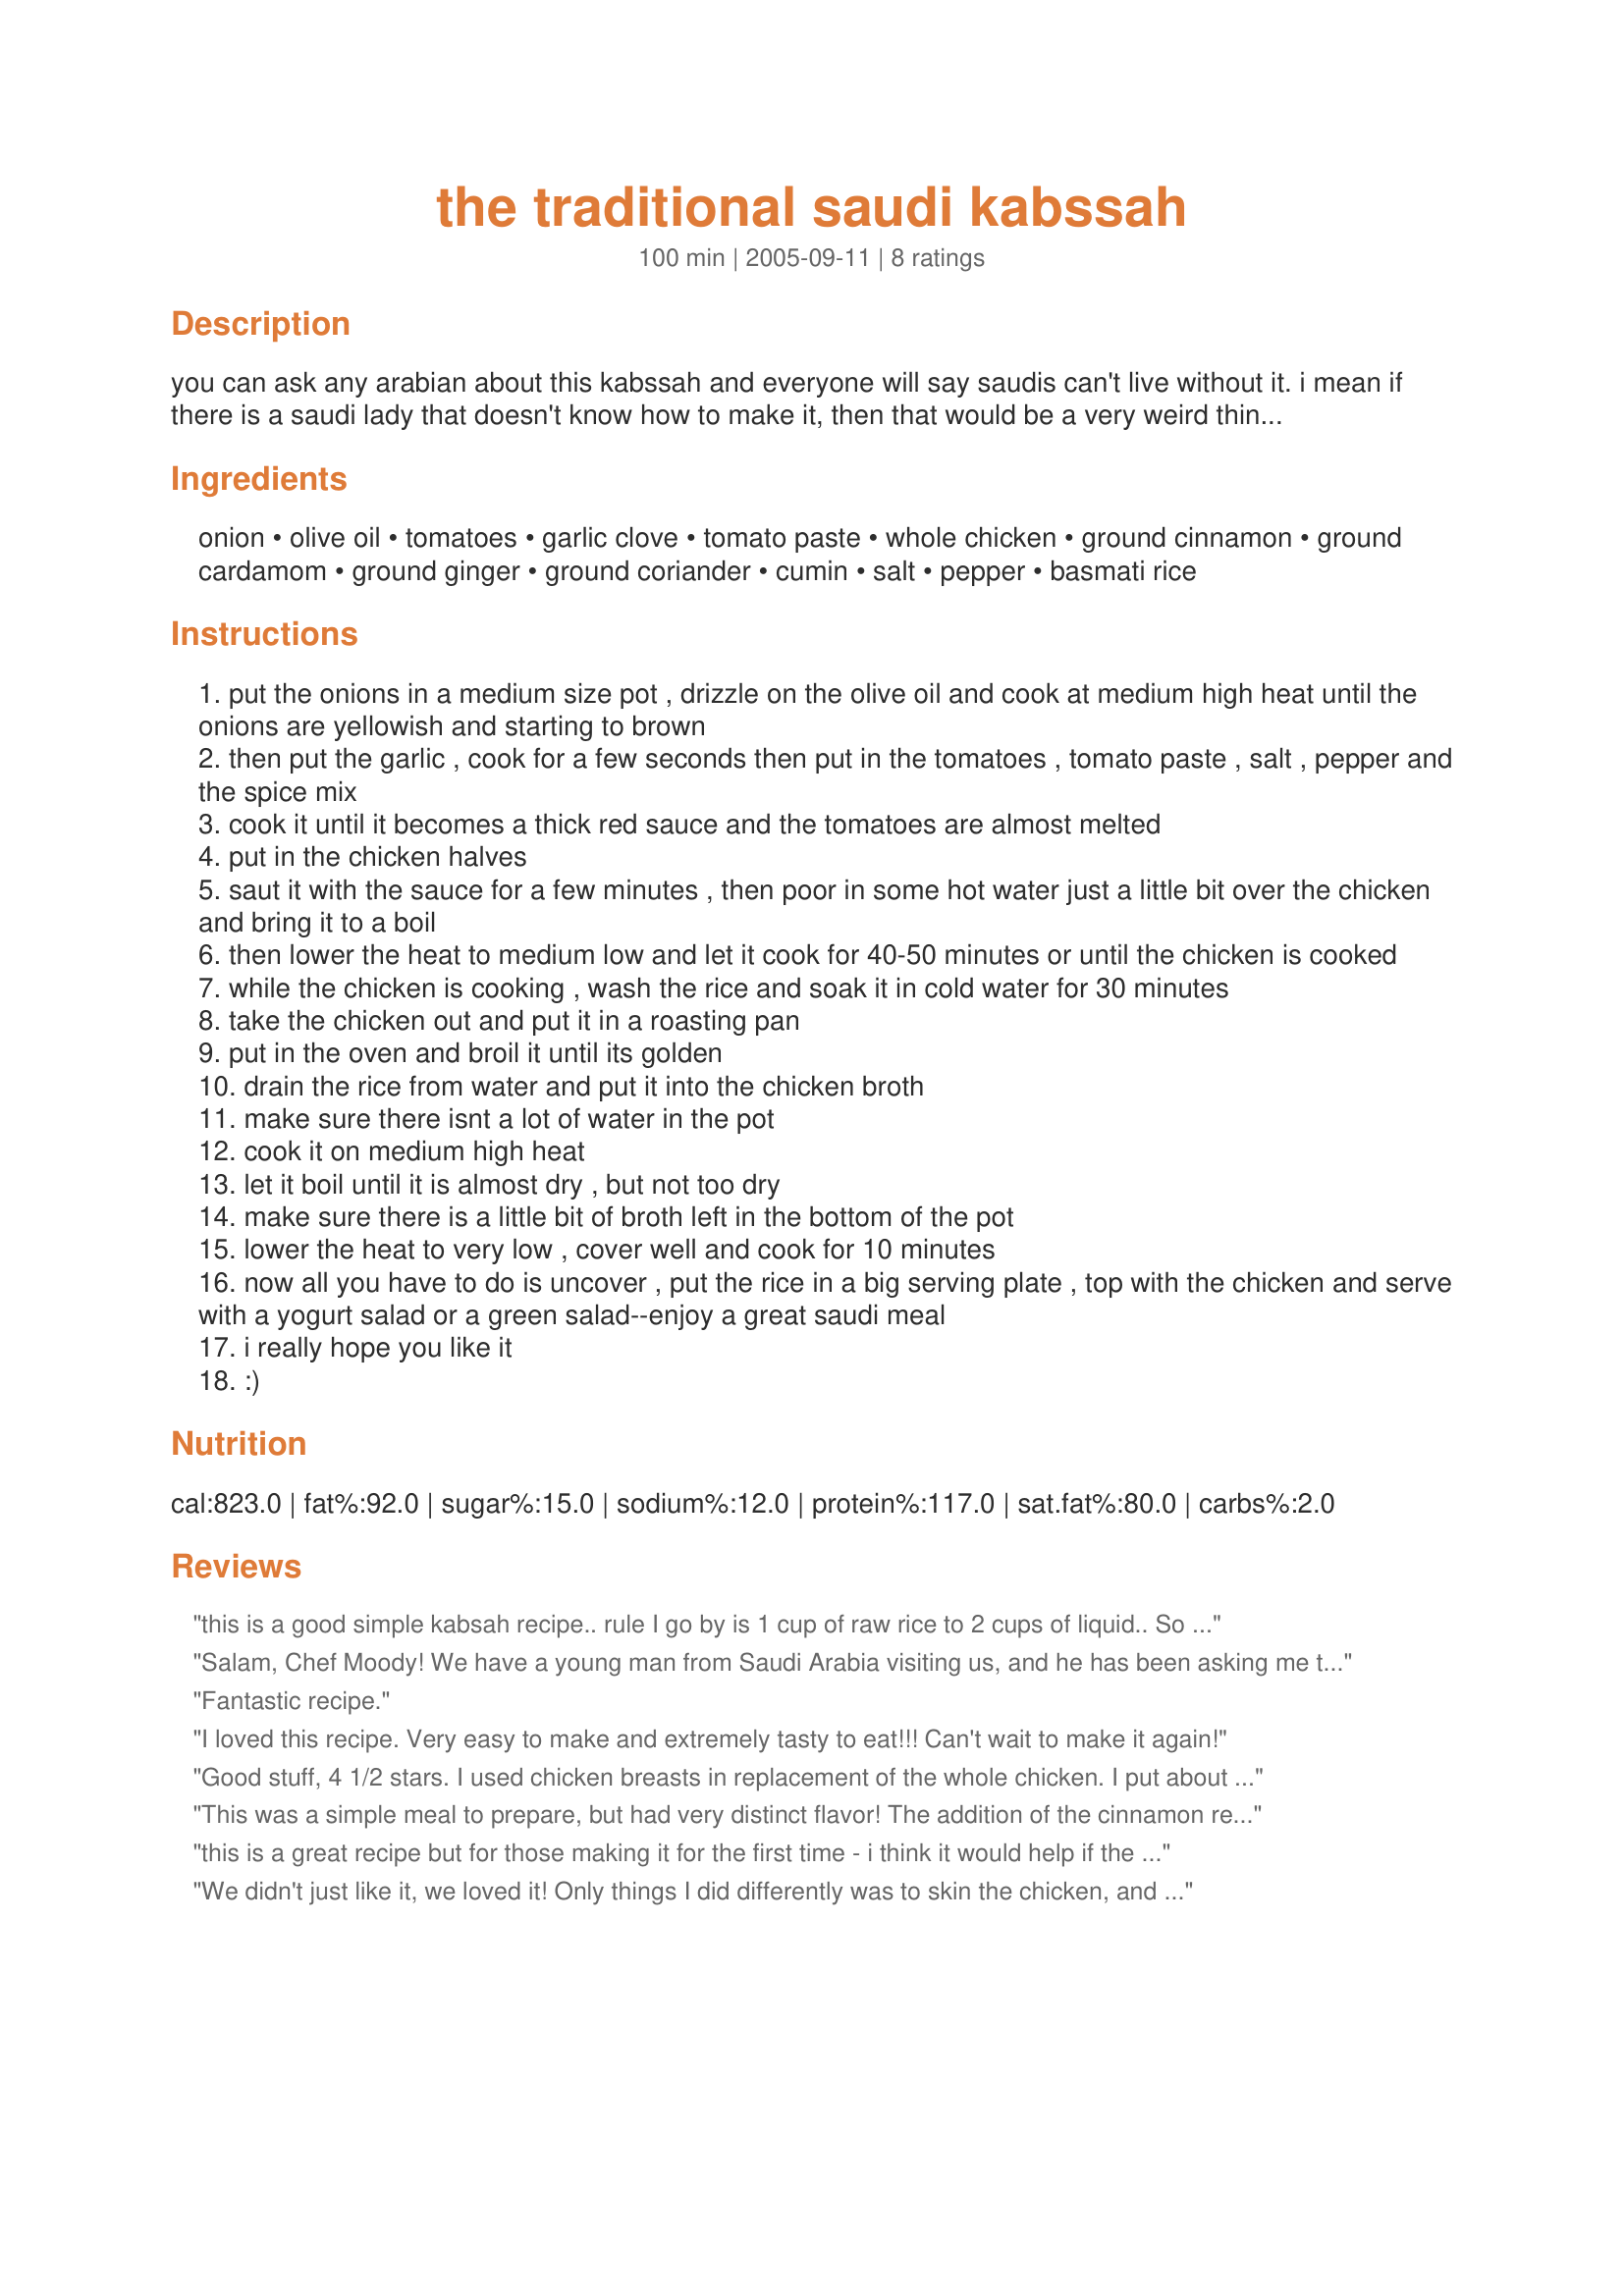
the traditional saudi kabssah
Preparation time: 100 minutes

you can ask any arabian about this kabssah and everyone will say saudis can't live without it. i mean if there is a saudi lady that doesn't know how to make it, then that would be a very weird thing ;)..

Ingredients:
onion, olive oil, tomatoes, garlic clove, tomato paste, whole chicken, ground cinnamon, ground cardamom, ground ginger, ground coriander, cumin, salt, pepper, basmati rice

Steps:
put the onions in a medium size pot , drizzle on the olive oil and cook at medium high heat until the onions are yellowish and starting to brown
then put the garlic , cook for a few seconds then put in the tomatoes , tomato paste , salt , pepper and the spice mix
cook it until it becomes a thick red sauce and the tomatoes are almost melted
put in the chicken halves
saut it with the sauce for a few minutes , then poor in some hot water just a little bit over the chicken and bring it to a boil
then lower the heat to medium low and let it cook for 40-50 minutes or until the chicken is cooked
while the chicken is cooking , wash the rice and soak it in cold water for 30 minutes
take the chicken out and put it in a roasting pan
put in the oven and broil it until its golden
drain the rice from water and put it into the chicken broth
make sure there isnt a lot of water in the pot
cook it on medium high heat
let it boil until it is almost dry , but not too dry
make sure there is a little bit of broth left in the bottom of the pot
lower the heat to very low , cover well and cook for 10 minutes
now all you have to do is uncover , put the rice in a big serving plate , top with the chicken and serve with a yogurt salad or a green salad--enjoy a great saudi meal
i really hope you like it
:)

Reviews:
this is a good simple kabsah recipe.. rule I go by is 1 cup of raw rice to 2 cups of liquid.. So measure your liquid after removing the chicken.. Id say for this recipe, 2 cups of rice and top off the liquid to make 4 cups, which will yield enough rice for a family of 6, several good portions.
Salam, Chef Moody! We have a young man from Saudi Arabia visiting us, and he has been asking me to make Kabssah for him. We tried this recipe tonight and all liked it very much. I had a little trouble following the directions when I got to step 5, because it wasn't clear to me that the broth I had braised the chicken in was what I was supposed to use to cook the rice, and I had way too much water left in the pot. We improvised by using rice cooker for the rice, boiling down the broth while the chicken browned, then returned the boned and skinned chicken to the broth for a few more minutes. We served the chicken and broth over the rice, and it worked out pretty well. We served it with #186871, Cilantro Yoghurt, and it was delicious!
Fantastic recipe.
I loved this recipe. Very easy to make and extremely tasty to eat!!! Can't wait to make it again!
Good stuff, 4 1/2 stars. I used chicken breasts in replacement of the whole chicken. I put about 1/4 the amount of ground ginger as it seemed it would be too much for us. I also cut down the cinnamon a tiny bit. I used just tomato paste and water as I didn't have any fresh tomatoes. After adding the chicken to the tomato sauce I threw in a couple handfuls of frozen green peas that needed to be used up. I drizzled additional olive oil on the chicken before broiling it. You must use the right amount of rice for the amount of broth. I would suggest to serve this with a yogurt salad and maybe a green salad as well.
This was a simple meal to prepare, but had very distinct flavor! The addition of the cinnamon really sets it apart from typical chicken dishes. Thanks for this taste of Saudi cuisine, Chef Moody!
this is a great recipe but for those making it for the first time - i think it would help if the quantities of rice etc were a bit more exact.
We didn't just like it, we loved it!

Only things I did differently was to skin the chicken, and add some yams to the rice. All of that wonderful liquid was soaked up. Probably no longer traditional though ;-) Served with a cucumber/yogurt salad and got rave reviews from hubs. Thank you!
